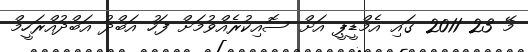
މޭ 23 2011 ގައި އެމްޑީޕީ އަށް ސޮއިކުރެއްވުމަށް ފަހު އަބްދު އަބްދުއްރަހީމް